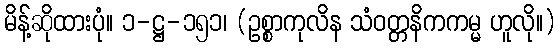
မိန့်ဆိုထားပုံ။ ၁-ဋ္ဌ-၁၅၁၊ (ဥစ္စာကုလိန သံဝတ္တနိကကမ္မ ဟူလို။)